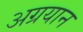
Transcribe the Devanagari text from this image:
अग्रयान